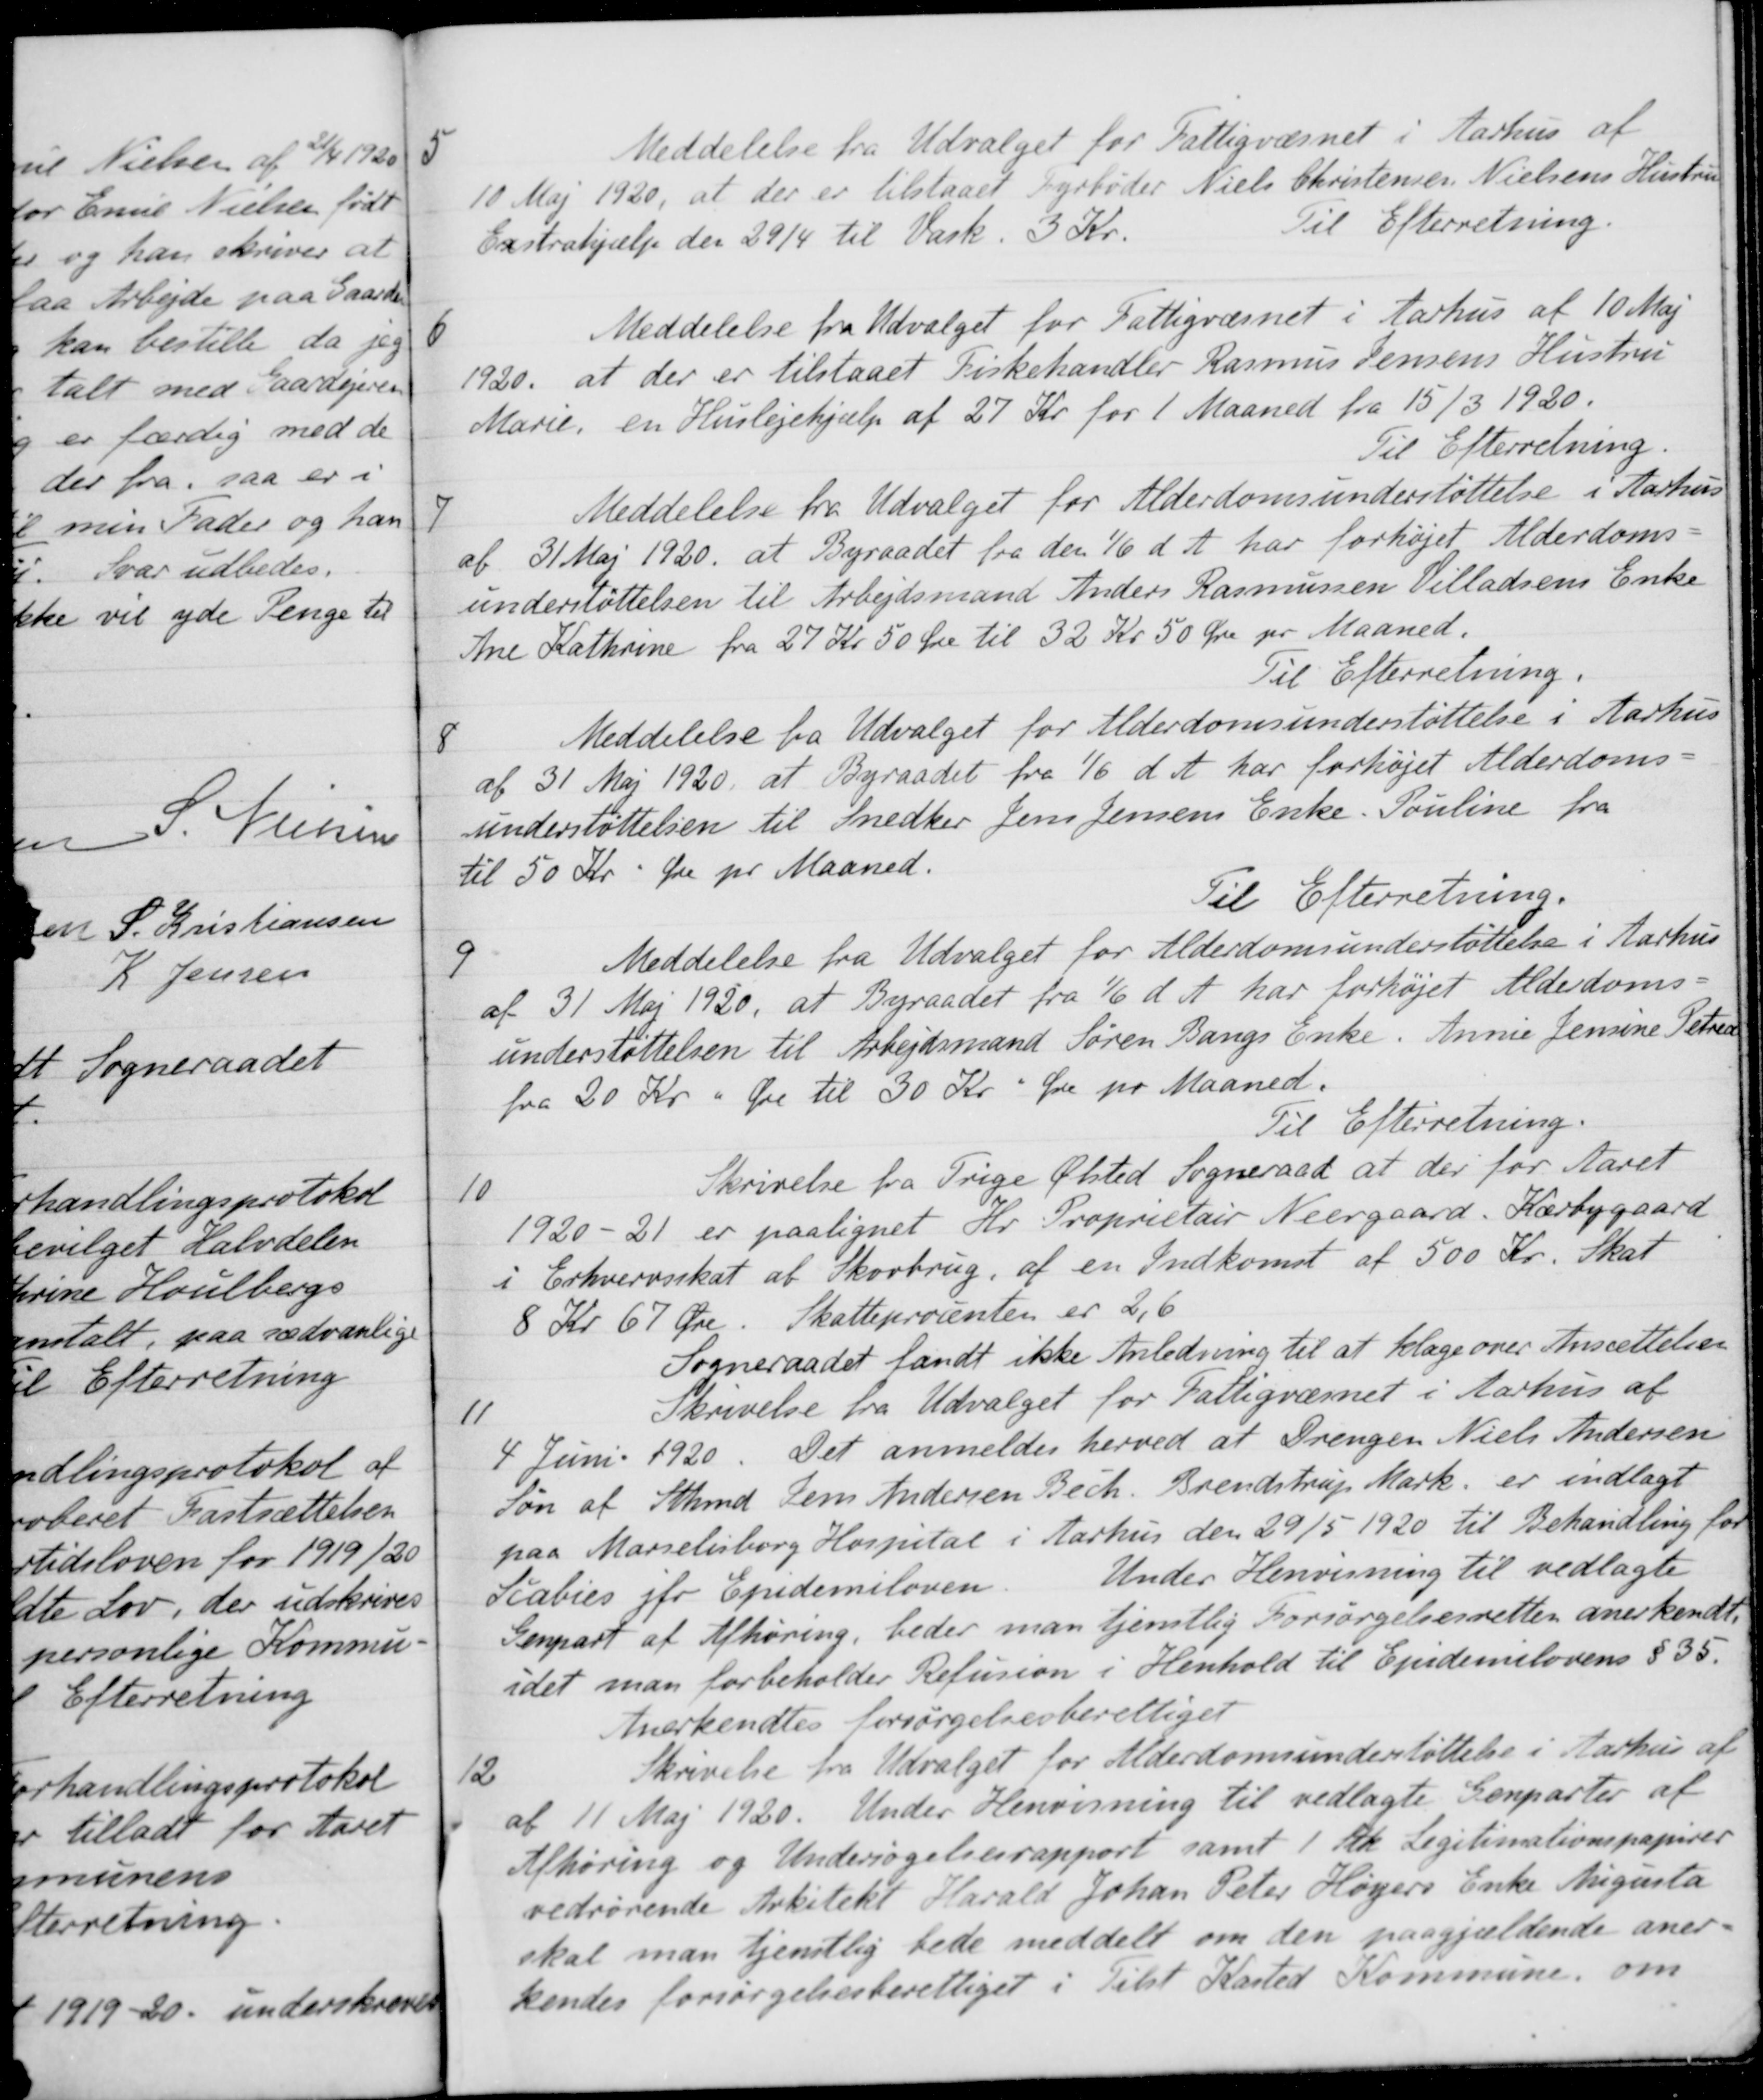
Transskription:
5
Meddelelse fra Udvalget for Fattigvæsnet i Aarhus af
10 Maj 1920, at der er tilstaaet Fyrbøder Niels Christensen Nielsens Hustru
Exstrahjælp den 29/4 til Vask. 3 Kr.
Til Efterretning.
6
Meddelelse fra Udvalget for Fattigvæsnet i Aarhus af 10 Maj
1920, at der er tilstaaet Fiskehandler Rasmus Jensens Hustru
Marie, en Huslejehjælp af 27 Kr for 1 Maaned fra 15/3 1920.
Til Efterretning.
7
Meddelelse fra Udvalget for Alderdomsunderstøttelse i Aarhus
af 31 Maj 1920, at Byraadet fra den 1/6 d. A. har forhøjet Alderdoms-
understøttelsen til Arbejdsmand Anders Rasmussen Villadsens Enke
Ane Kathrine fra 27 Kr 50 Øre til 32 Kr 50 Øre pr Maaned.
Til Efterretning
8
Meddelelse fra Udvalget for Alderdomsunderstøttelse i Aarhus
af 31 Maj 1920, at Byraadet fra 1/6 d. A. har forhøjet Alderdoms-
understøttelsen til Snedker Jens Jensens Enke. Pouline fra
til 50 Kr Øre pr Maaned.
Til Efterretning.
9
Meddelelse fra Udvalget for Alderdomsunderstøttelse i Aarhus
af 31 Maj 1920, at Byraadet fra 1/6 d. A. har forhøjet Alderdoms-
understøttelsen til Arbejdsmand Søren Bangs Enke. Annie Jensine Petrea
fra 20 Kr " Øre til 30 Kr " Øre pr Maaned.
Til Efterretning.
10
Skrivelse fra Trige Ølsted Sogneraad at der for Aaret
1920-21 er paalignet Hr. Proprietair Neergaard. Kærbygaard
i Erhvervsskat af Skovbrug af en Indkomst af 500 Kr. Skat
8 Kr 67 Øre. Skatteprocenten er 2,6
Sogneraadet fandt ikke Anledning til at klage over Ansættelsen
11
Skrivelse fra Udvalget for Fattigvæsnet i Aarhus af
4 Juni 1920. Det anmeldes herved at Drengen Niels Andersen
Søn af Sthmd Jens Andersen Bech. Brendstrup Mark er indlagt
paa Marselisborg Hospital i Aarhus den 29/5 1920 til Behandling for

Scabies jfr Epidemilovn.  Under Henvisning til vedlagte
Genpart af Afhøring, beder man tjenstlig Forsørgelsesretten anerkendt.
idet man forbeholder Refusion i Henhold til Ejndemilovens § 35.
Anerkendtes forsørgelsesberettiget
12
Skrivelse fra Udvalget for Alderdomsunderstøttelse i Aarhus af
af 11 Maj 1920. Under Henvisning til vedlagte Genparter af
Afhøring og Undersøgelsesrapport samt 1 Stk. Legitimationspapirer
vedrørende Arkitekt Harald Johan Peter Høyers Enke Augusta
skal man tjenstlig bede meddelt om den paagjældende aner-
kendes forsørgelsesberettiget i Tilst Kasted Kommune om